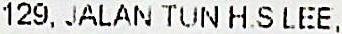
129, JALAN TUN H.S LEE,